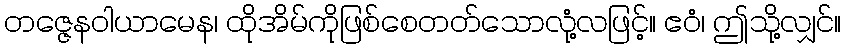
တဇ္ဇေနဝါယာမေန၊ ထိုအိမ်ကိုဖြစ်စေတတ်သောလုံ့လဖြင့်။ ဧဝံ၊ ဤသို့လျှင်။